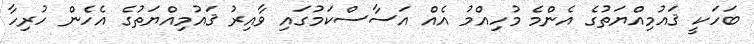
ބަހަކީ ޤައުމިއްޔަތުގެ އެންމެ މުހިއްމު އެއް އަސާސްކަމުގައި ވާއިރު ޤައުމިއްޔަތުގެ އެހެން ހުރިހާ